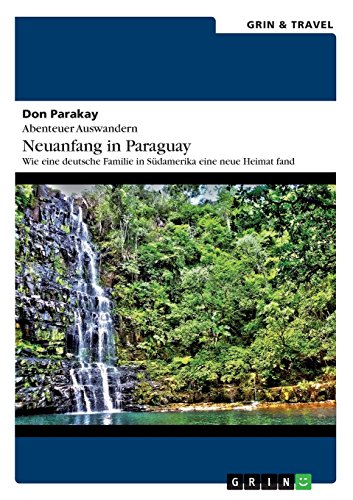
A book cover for Abenteuer Auswandern: Neuanfang in Paraguay (German Edition); Don Parakay; Travel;